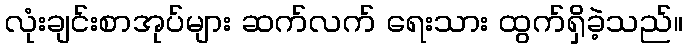
လုံးချင်းစာအုပ်များ ဆက်လက် ရေးသား ထွက်ရှိခဲ့သည်။